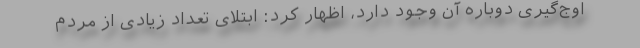
اوج‌گیری دوباره آن وجود دارد، اظهار کرد: ابتلای تعداد زیادی از مردم